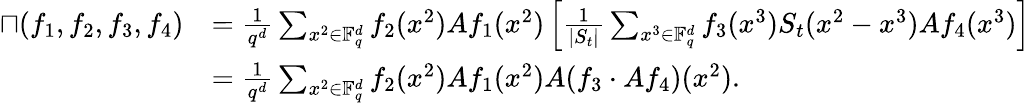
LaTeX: \begin{array}{rl}{\sqcap(f_{1},f_{2},f_{3},f_{4})}&{=\frac{1}{q^{d}}\sum_{x^{2}\in\mathbb F_{q}^{d}}f_{2}(x^{2})Af_{1}(x^{2})\left[\frac{1}{|S_{t}|}\sum_{x^{3}\in\mathbb F_{q}^{d}}f_{3}(x^{3})S_{t}(x^{2}-x^{3})Af_{4}(x^{3})\right]}\\ &{=\frac{1}{q^{d}}\sum_{x^{2}\in\mathbb F_{q}^{d}}f_{2}(x^{2})Af_{1}(x^{2})A(f_{3}\cdot Af_{4})(x^{2}).}\end{array}